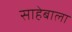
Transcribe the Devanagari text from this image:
साहेबाला